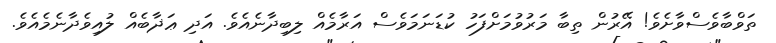
ތަވްބާވެސްވާށެވެ! އޭރުން ތިބާ މަރުވުމަށްފަހު ކުޑަނަމަވެސް އަރާމެއް ލިބިދާނެއެވެ. އަދި ޢަޛާބެއް ލުއިވެދާނެމެއެވެ.